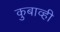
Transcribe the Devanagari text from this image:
कुबाव्ही